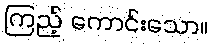
ကြည့် ကောင်းသော။